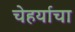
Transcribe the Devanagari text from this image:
चेहर्याचा